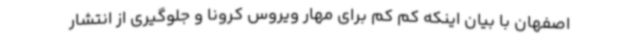
اصفهان با بیان اینکه کم کم برای مهار ویروس کرونا و جلوگیری از انتشار